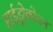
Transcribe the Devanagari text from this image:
हाईड्रोकोडन